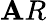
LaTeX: \mathbf{A}R